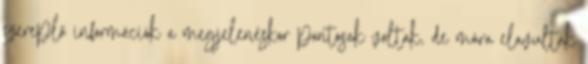
szereplő információk a megjelenéskor pontosak voltak, de mára elavultak